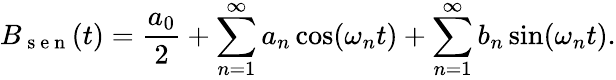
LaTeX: B_{\mathrm{~s~e~n~}}(t)=\frac{a_{0}}{2}+\sum_{n=1}^{\infty}a_{n}\cos(\omega_{n}t)+\sum_{n=1}^{\infty}b_{n}\sin(\omega_{n}t).